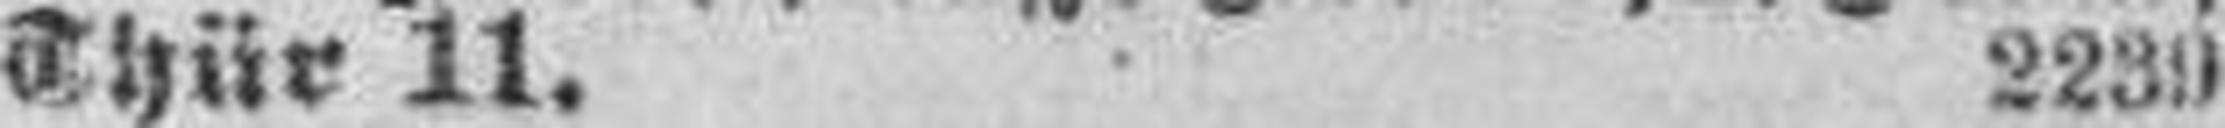
Thür 11. 2239